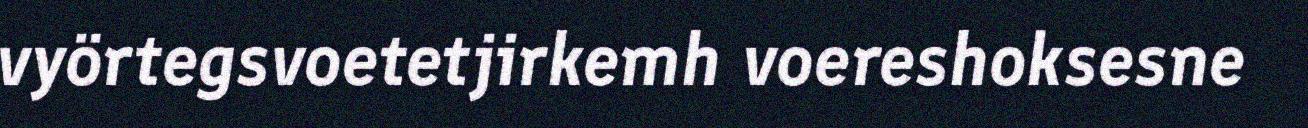
vyörtegsvoetetjirkemh voereshoksesne